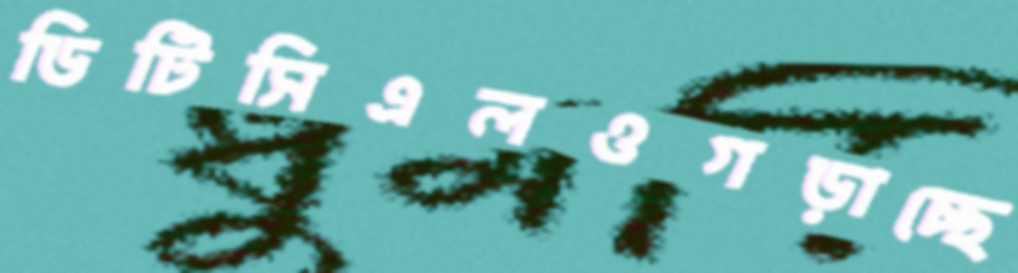
ডিটিসিএলওগড়াচ্ছে